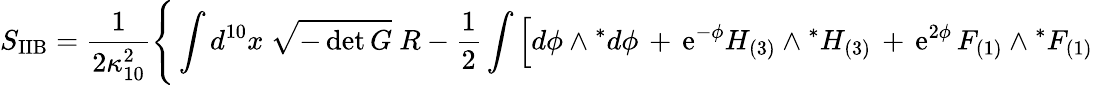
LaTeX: S_{\mathrm{IIB}}=\frac{1}{2\kappa_{10}^{2}}\Bigg\{ \int d^{10}x~\sqrt{-\operatorname*{det}G}~R-\frac{1}{2}\int\Big[d\phi\wedge{}^{*}d\phi\, +\, \mathrm{e}^{-\phi}H_{(3)}\wedge{}^{*}H_{(3)}\, +\, \mathrm{e}^{2\phi}\, F_{(1)}\wedge{}^{*}F_{(1)}